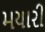
મયારી